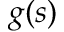
g ( s )